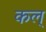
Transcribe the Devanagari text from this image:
कल्